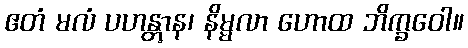
ဧတံ မလံ ပဟန္တွာန၊ နိမ္မလာ ဟောထ ဘိက္ခဝေါ။